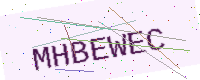
Text: MHBEWEC